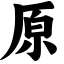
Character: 原